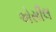
એસીલ